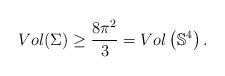
LaTeX: \begin{align*}Vol(\Sigma)\ge \frac{8\pi^2}{3} =Vol\left(\mathbb S^4\right).\end{align*}